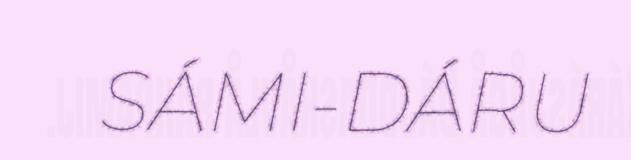
SÁMI-DÁRU